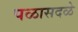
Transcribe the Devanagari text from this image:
पळासदळे